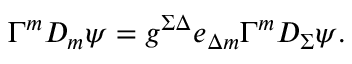
\Gamma ^ { m } D _ { m } \psi = g ^ { \Sigma \Delta } e _ { \Delta m } \Gamma ^ { m } D _ { \Sigma } \psi .